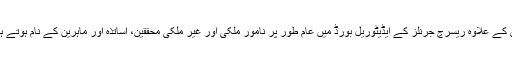
اس کے علاوہ ریسرچ جرنلز کے ایڈیٹوریل بورڈ میں عام طور پر نامور ملکی اور غیر ملکی محققین، اساتذہ اور ماہرین کے نام ہوتے ہیں۔